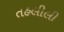
તહલીલી